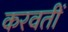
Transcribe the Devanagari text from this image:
करवतीं